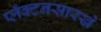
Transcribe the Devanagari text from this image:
प्लँक्टनसारखे